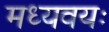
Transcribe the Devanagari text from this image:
मध्यवयः